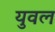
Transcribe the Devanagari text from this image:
युवल